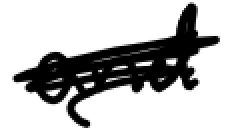
Text: and
Cross-out: scratch
Writing tool: digital_black